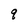
Character: q